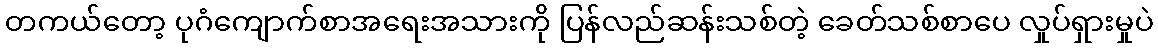
တကယ်တော့ ပုဂံကျောက်စာအရေးအသားကို ပြန်လည်ဆန်းသစ်တဲ့ ခေတ်သစ်စာပေ လှုပ်ရှားမှုပဲ